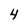
Character: 4